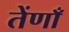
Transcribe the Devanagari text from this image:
तेंणाँ